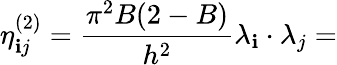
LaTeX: \eta_{\mathbf{i}j}^{(2)}=\frac{{\pi^{2}B(2-B)}}{{h^{2}}}\lambda_{\mathbf{i}}\cdot\lambda_{j}=